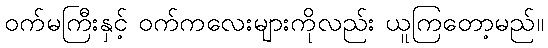
ဝက်မကြီးနှင့် ဝက်ကလေးများကိုလည်း ယူကြတော့မည်။